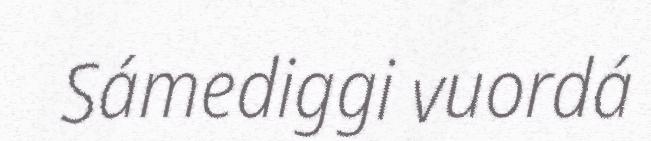
Sámediggi vuordá